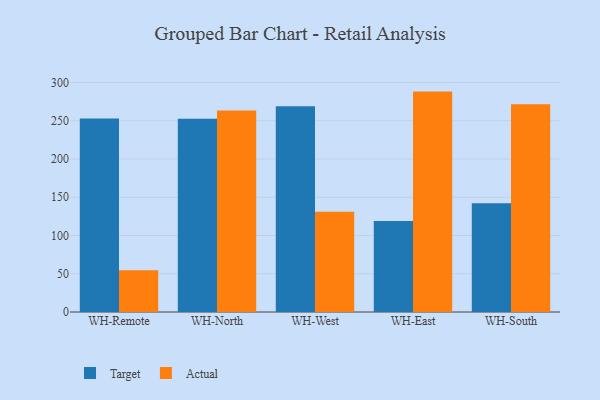
{"axis": {"x": "Warehouse", "y": "Inventory Turnover"}, "legend": ["Actual", "Target"], "data": [{"x": "WH-Remote", "y": 253.0, "type": "Target"}, {"x": "WH-Remote", "y": 54.6, "type": "Actual"}, {"x": "WH-North", "y": 252.7, "type": "Target"}, {"x": "WH-North", "y": 263.3, "type": "Actual"}, {"x": "WH-West", "y": 268.8, "type": "Target"}, {"x": "WH-West", "y": 130.9, "type": "Actual"}, {"x": "WH-East", "y": 118.9, "type": "Target"}, {"x": "WH-East", "y": 288.1, "type": "Actual"}, {"x": "WH-South", "y": 142.2, "type": "Target"}, {"x": "WH-South", "y": 271.5, "type": "Actual"}]}